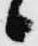
々